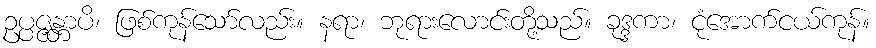
ဥပ္ပဇ္ဇန္တာပိ၊ ဖြစ်ကုန်သော်လည်း။ နရာ၊ ဘုရားလောင်းတို့သည်။ ခုဒ္ဒကာ၊ ငုံအောက်ငယ်ကုန်။